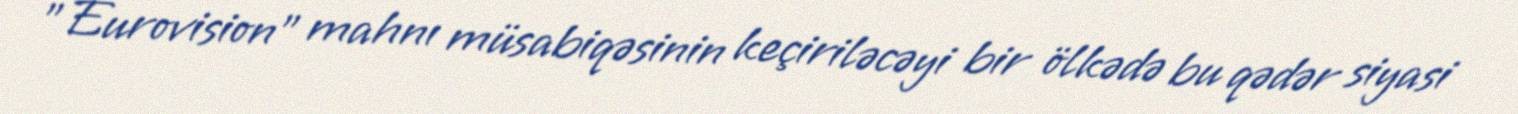
”Eurovision" mahnı müsabiqəsinin keçiriləcəyi bir ölkədə bu qədər siyasi